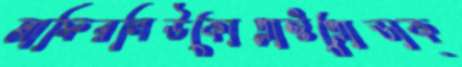
মাফিরলিউকোপ্লাস্টপ্রোডাক্